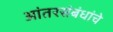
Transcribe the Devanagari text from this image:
आंतरसंबंधांचे